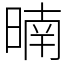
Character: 暔